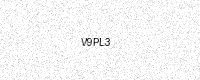
Text: V9PL3